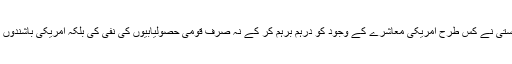
اس کتاب میں پورٹر نے بڑی ایمانداری اور صاف گوئی سے تجزیہ کیا ہے کہ نسل پرستی نے کس طرح امریکی معاشرے کے وجود کو درہم برہم کر کے نہ صرف قومی حصولیابیوں کی نفی کی بلکہ امریکی باشندوں کی اجتماعیت کو گہرے زخم پہنچا کر باہمی دوستی اور انسانی اقدار کو تحس نحس کیا۔